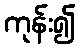
ကုန်း၍